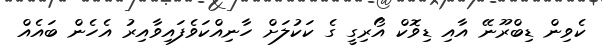
ކެވިން ޑިބްރޫނޭ އާއި ޑިވޮކް އޯރިގީ ގެ ކަކުލަށް ހާނިއްކަވެފައިވާއިރު އެހެން ބައެއް